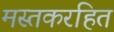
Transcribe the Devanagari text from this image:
मस्तकरहित